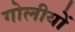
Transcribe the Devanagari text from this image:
गोलीयों